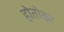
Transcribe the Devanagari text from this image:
होतोका